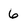
Character: 6